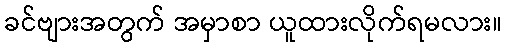
ခင်ဗျားအတွက် အမှာစာ ယူထားလိုက်ရမလား။